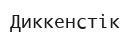
Диккенстік